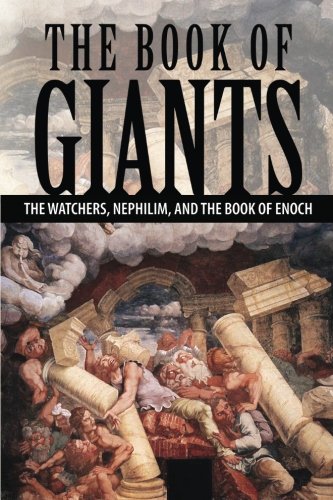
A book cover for The Book of Giants: The Watchers, Nephilim, and The Book of Enoch; Joseph Lumpkin; Christian Books & Bibles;